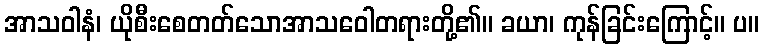
အာသဝါနံ၊ ယိုစီးစေတတ်သောအာသဝေါတရားတို့၏။ ခယာ၊ ကုန်ခြင်းကြောင့်။ ပ။